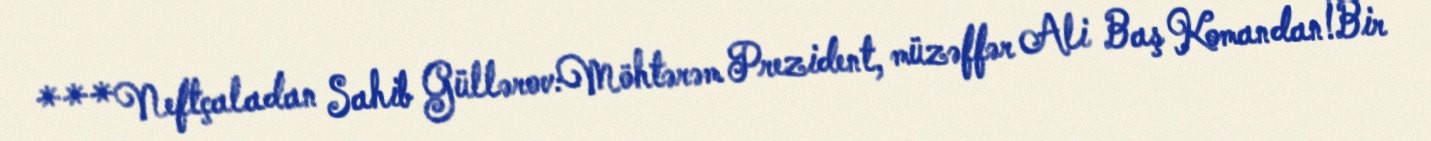
***Neftçaladan Sahib Güllərov:Möhtərəm Prezident, müzəffər Ali Baş Komandan!Bir